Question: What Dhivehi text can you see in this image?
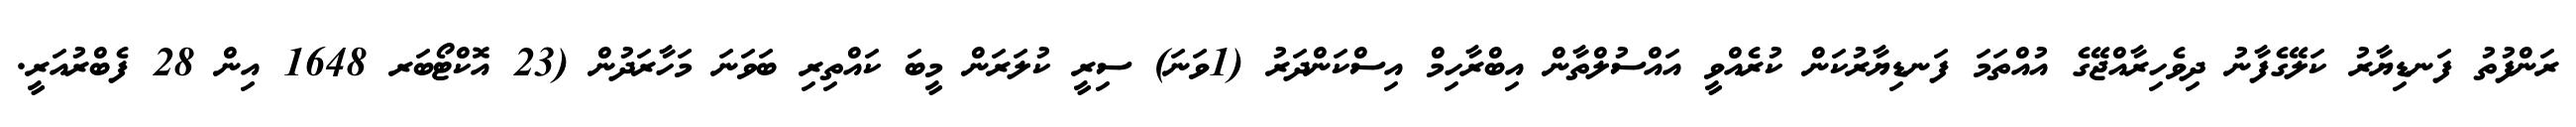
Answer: ރަންފުތު ފަނޑިޔާރު ކަލޭގެފާނު ދިވެހިރާއްޖޭގެ އުއްތަމަ ފަނޑިޔާރުކަން ކުރެއްވީ އައްސުލްތާން އިބްރާހިމް އިސްކަންދަރު (1ވަނަ) ސިރީ ކުލަރަން މީބަ ކައްތިރި ބަވަނަ މަހާރަދުން (23 އޮކްޓޯބަރ 1648 އިން 28 ފެބްރުއަރީ.